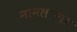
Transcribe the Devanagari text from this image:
नानलनगर